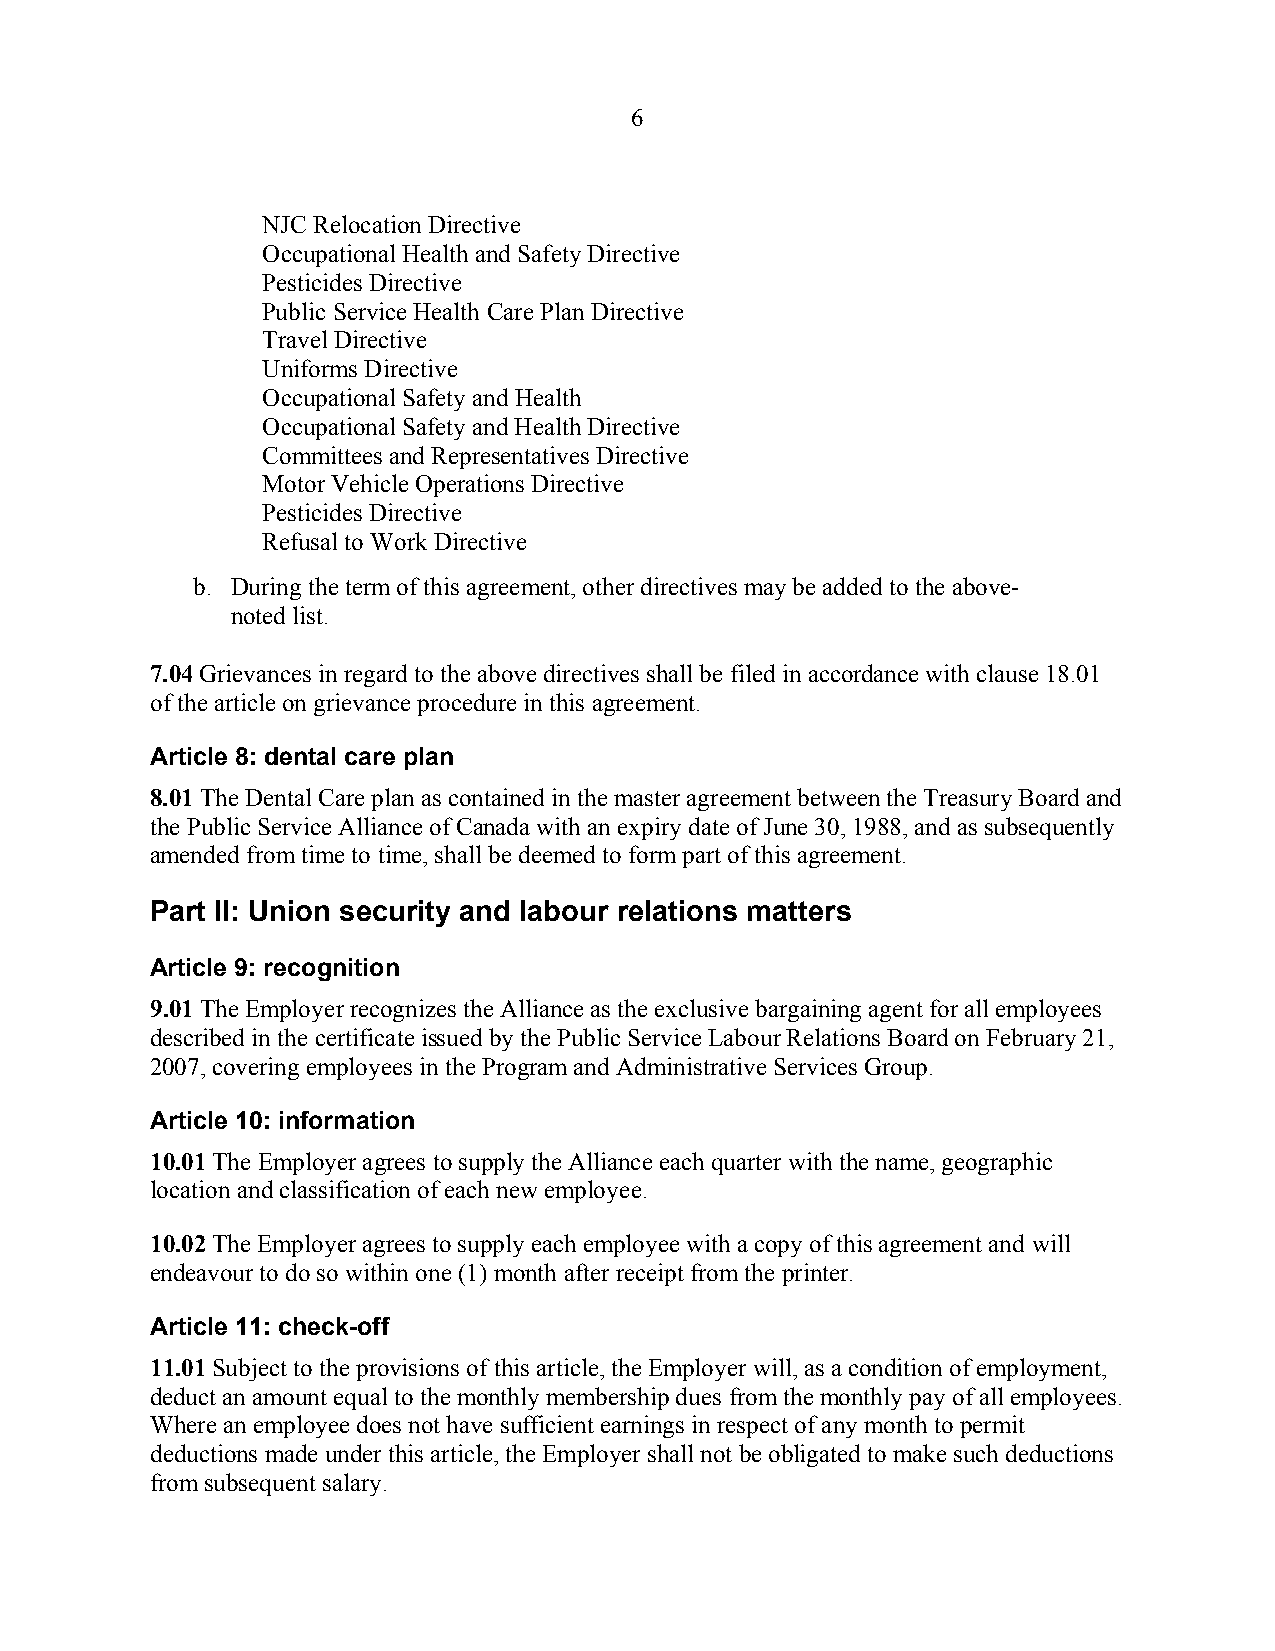
6
 NJC Relocation Directive
 Occupational Health and Safety Directive
 Pesticides Directive
 Public Service Health Care Plan Directive
 Travel Directive
 Uniforms Directive
 Occupational Safety and Health
 Occupational Safety and Health Directive
 Committees and Representatives Directive
 Motor Vehicle Operations Directive
 Pesticides Directive
 Refusal to Work Directive
 b. During the term of this agreement, other directives may be added to the above-
 noted list.
 7.04 Grievances in regard to the above directives shall be filed in accordance with clause 18.01
 of the article on grievance procedure in this agreement.
 Article 8: dental care plan
 8.01 The Dental Care plan as contained in the master agreement between the Treasury Board and
 the Public Service Alliance of Canada with an expiry date of June 30, 1988, and as subsequently
 amended from time to time, shall be deemed to form part of this agreement.
 Part II: Union security and labour relations matters
 Article 9: recognition
 9.01 The Employer recognizes the Alliance as the exclusive bargaining agent for all employees
 described in the certificate issued by the Public Service Labour Relations Board on February 21,
 2007, covering employees in the Program and Administrative Services Group.
 Article 10: information
 10.01 The Employer agrees to supply the Alliance each quarter with the name, geographic
 location and classification of each new employee.
 10.02 The Employer agrees to supply each employee with a copy of this agreement and will
 endeavour to do so within one (1) month after receipt from the printer.
 Article 11: check-off
 11.01 Subject to the provisions of this article, the Employer will, as a condition of employment,
 deduct an amount equal to the monthly membership dues from the monthly pay of all employees.
 Where an employee does not have sufficient earnings in respect of any month to permit
 deductions made under this article, the Employer shall not be obligated to make such deductions
 from subsequent salary.